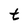
Character: t